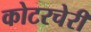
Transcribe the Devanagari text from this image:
कोटरचेरी